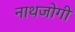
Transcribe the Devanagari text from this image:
नाथजोगी